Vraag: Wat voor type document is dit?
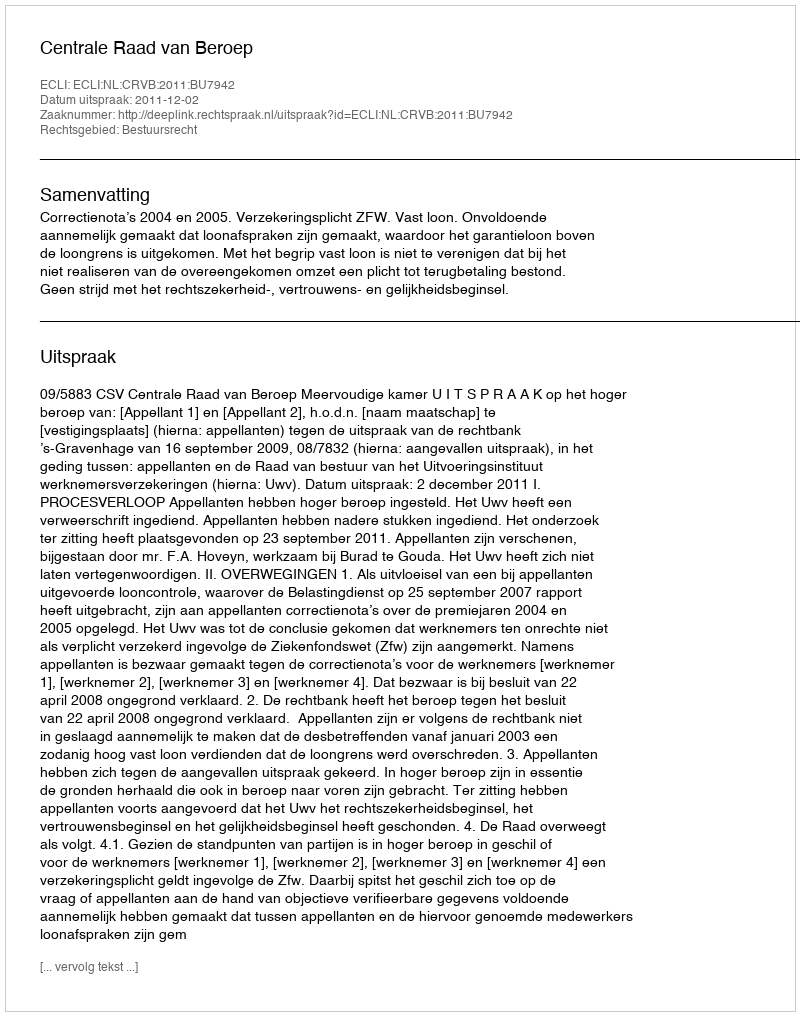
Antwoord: Uitspraak